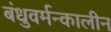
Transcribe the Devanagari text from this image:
बंधुवर्मन्कालीन